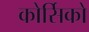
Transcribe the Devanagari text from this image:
कोर्सिको